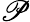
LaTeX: {\cal\mathscr{P}}